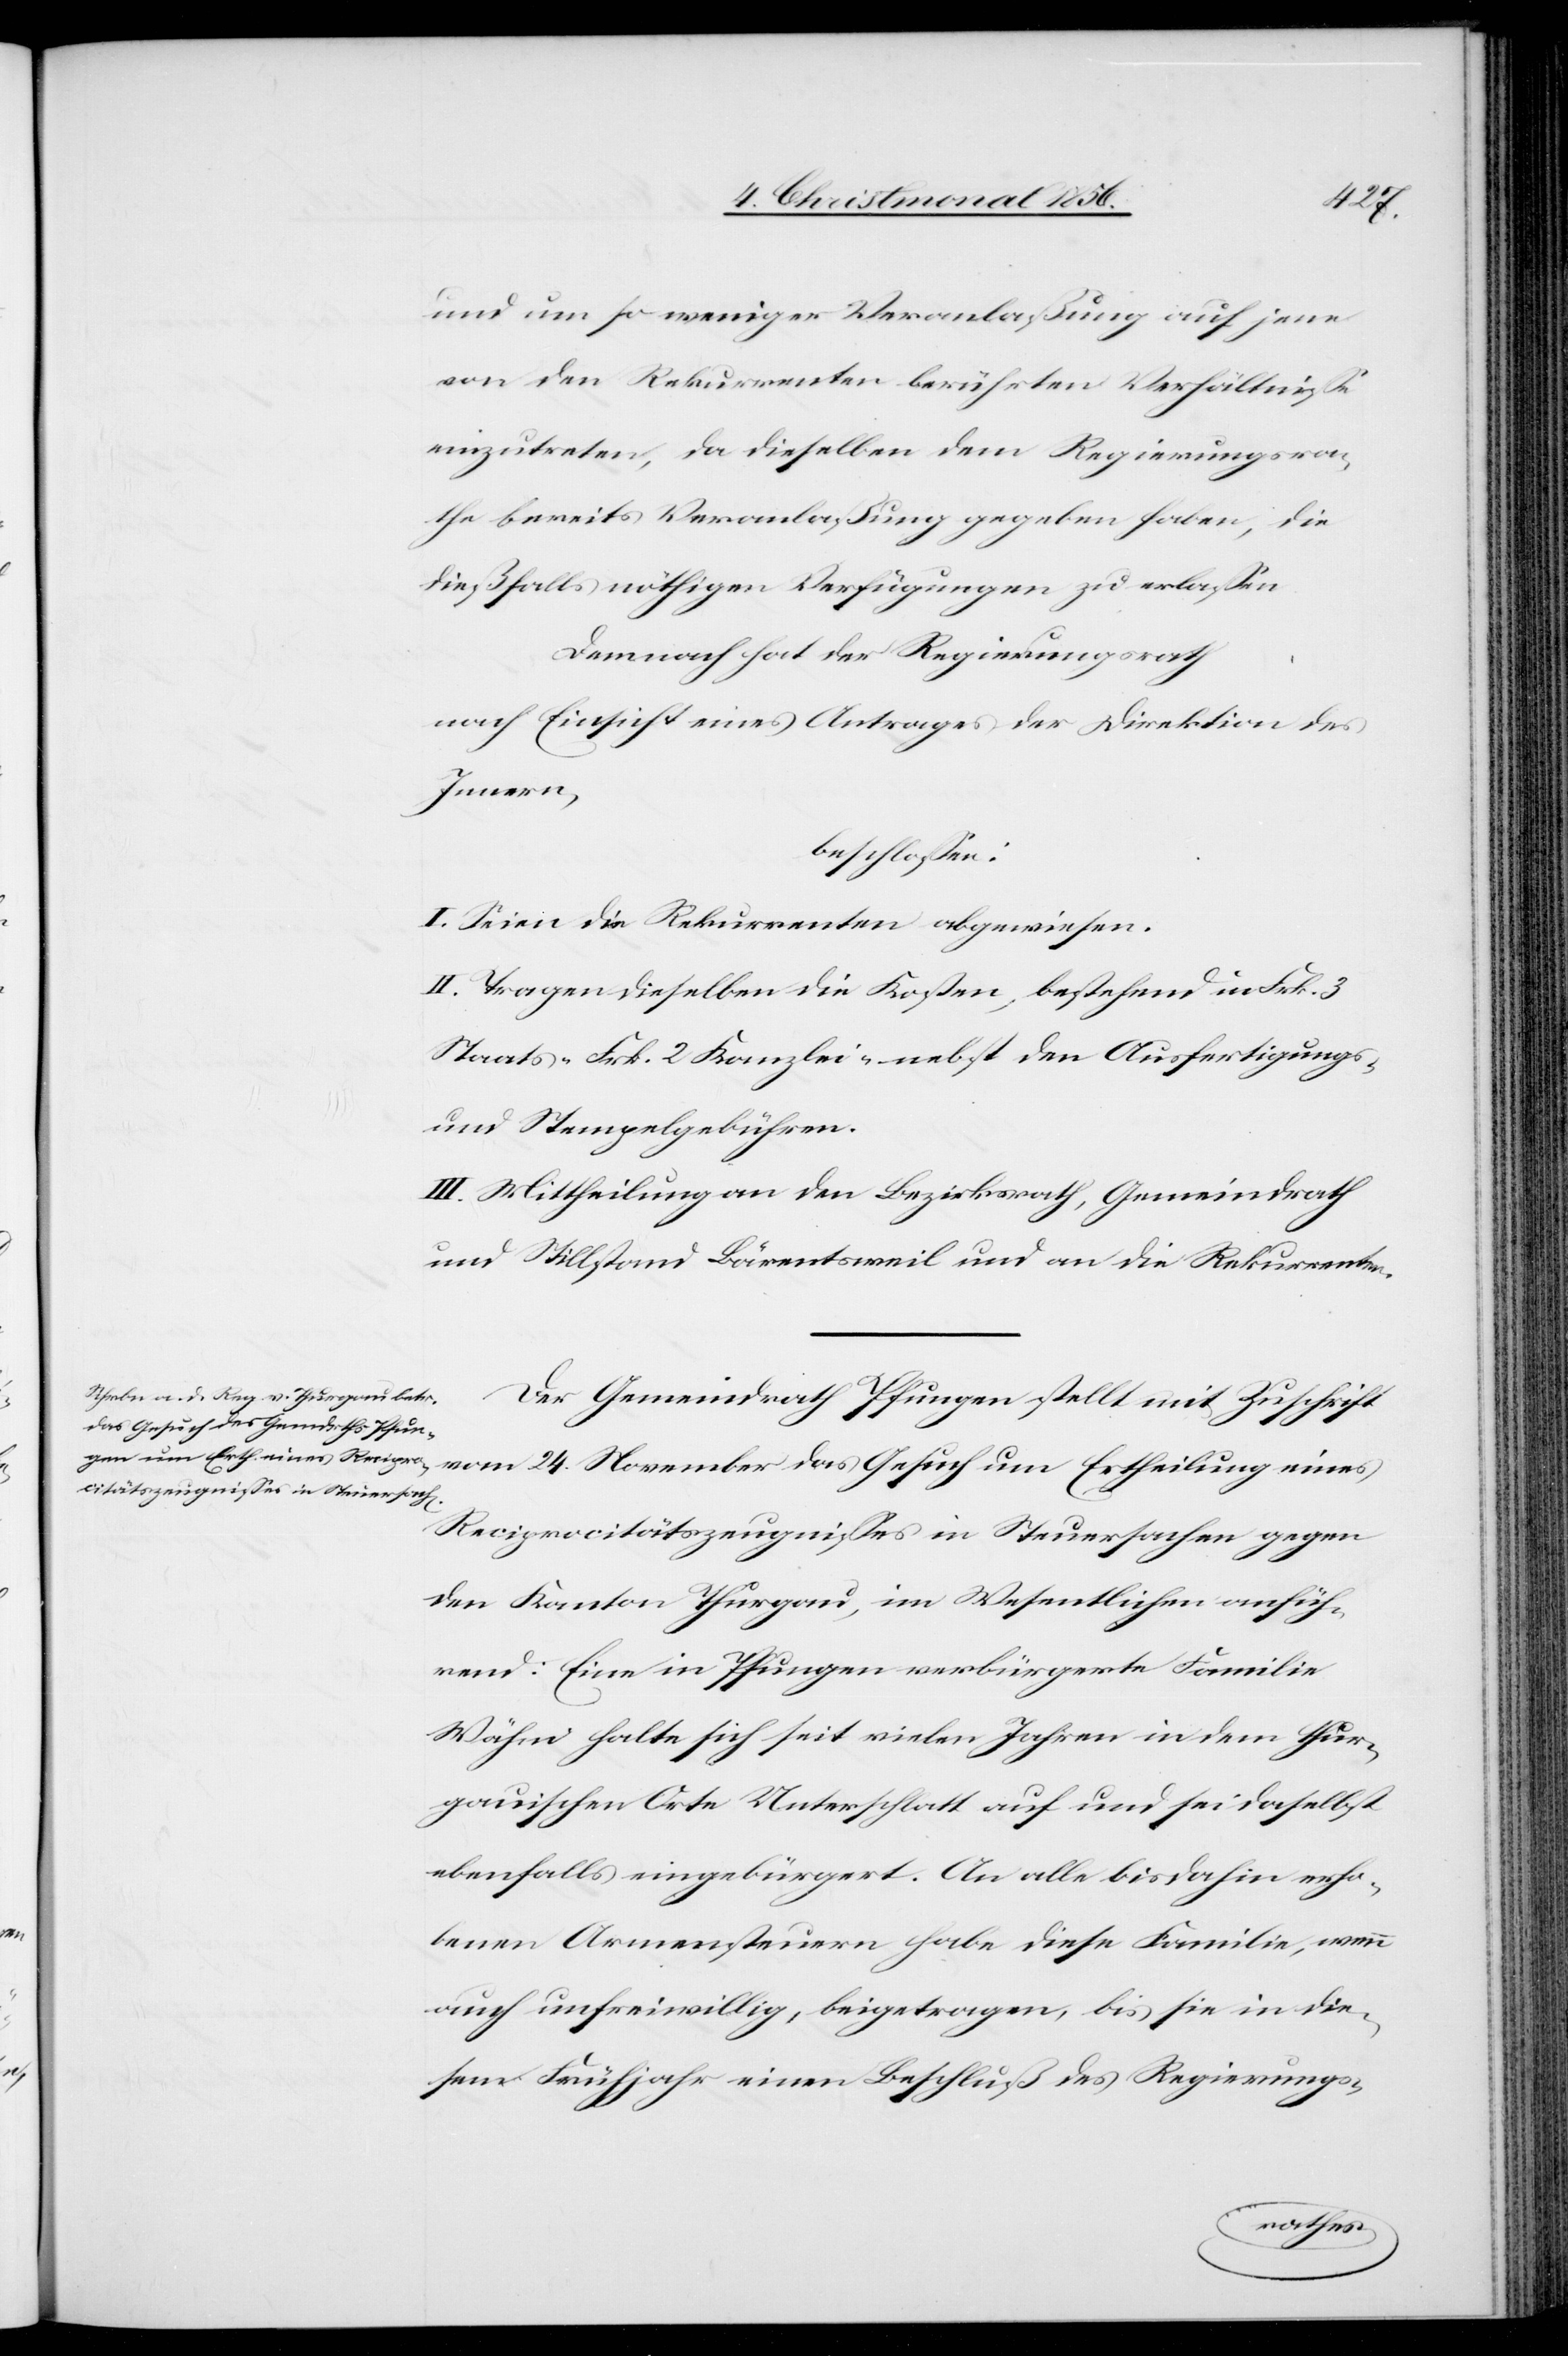
und um so weniger Veranlaßung auf jene
von den Rekurrenten berührten Verhältnisse
einzutreten, da dieselben dem Regierungsra¬
th bereits Veranlaßung gegeben haben, die
dießfalls nöthigen Verfügungen zu erlassen.
Demnach hat der Regierungsrath
nach Einsicht eines Antrages der Direktion des
Innern,
beschlossen:
I. Seien die Rekurrenten abgewiesen.
II. Tragen dieselben die Kosten, bestehend in Frk. 3
Staats-[,] Frk. 2 Kanzlei- nebst den Ausfertigungs-
und Stempelgebühren.
III. Mittheilung an den Bezirksrath, Gemeindrath
und Stillstand Bärentsweil und an die Rekurrenten.
Der Gemeindrath Pfungen stellt mit Zuschrift
vom 24. November das Gesuch um Ertheilung eines
Reciprocitätszeugnisses in Steuersachen gegen
den Kanton Thurgau, im Wesentlichen anfüh¬
rend: Eine in Pfungen verbürgerte Familie
Wähni halte sich seit vielen Jahren in dem thur¬
gauischen Orte Unterschlatt auf und sei daselbst
ebenfalls eingebürgert. An alle bis dahin erho¬
benen Armensteuern habe diese Familie, wenn
auch unfreiwillig, beigetragen, bis sie in die¬
sem Frühjahr einen Beschluß des Regierungs-